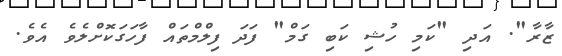
ޒާރާ". އަދި "ކަމި ހުޝި ކަބި ގަމް" ފަދަ ފިލްމްތައް ފާހަގަކޮށްލެވެ އެވެ.